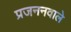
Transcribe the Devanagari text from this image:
प्रजननवाले